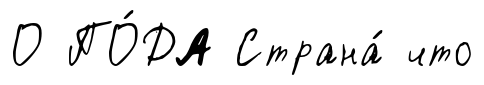
О ПО́ДА Страна́ что